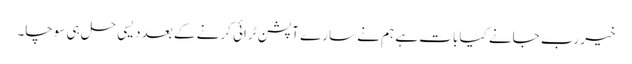
خیر رب جانے کیا بات ہے ہم نے سارے آپشن ٹرائی کرنے کے بعد دیسی حل ہی سوچا۔